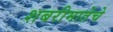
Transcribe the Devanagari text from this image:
शबरीमातेचे